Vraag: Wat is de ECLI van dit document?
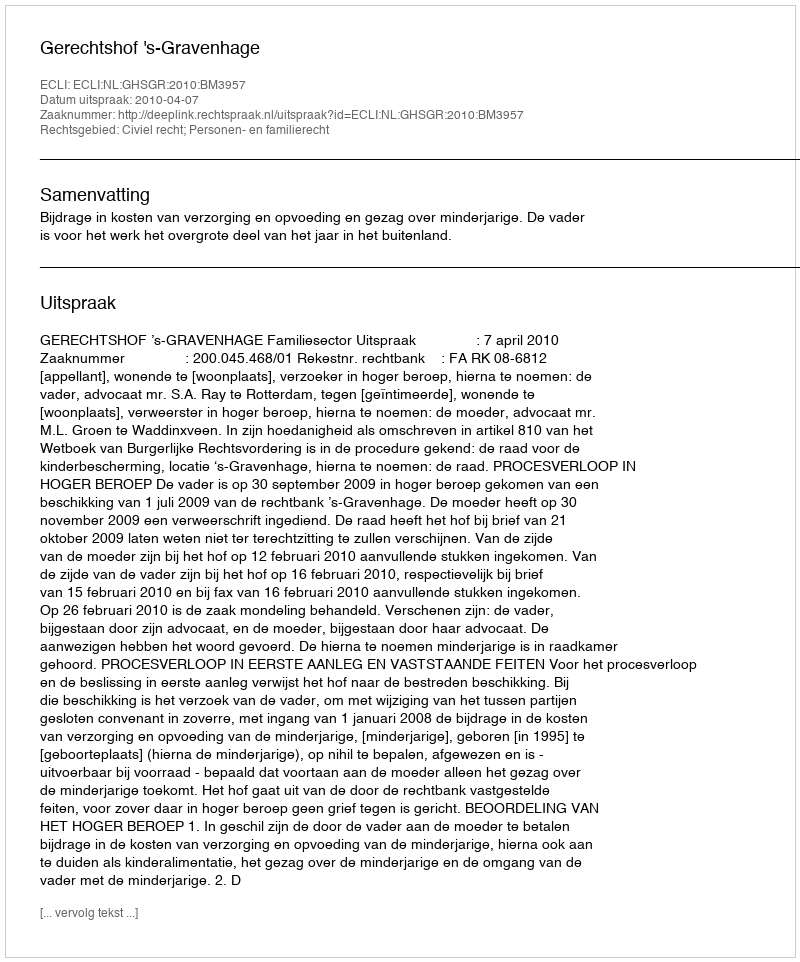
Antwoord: ECLI:NL:GHSGR:2010:BM3957